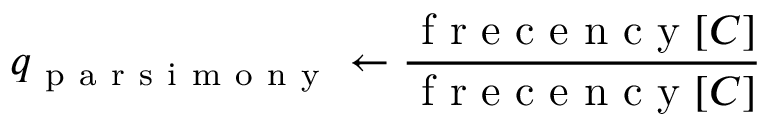
q _ { \mathrm { ~ p ~ a ~ r ~ s ~ i ~ m ~ o ~ n ~ y ~ } } \gets \frac { \mathrm { ~ f ~ r ~ e ~ c ~ e ~ n ~ c ~ y ~ } [ C ] } { \mathrm { ~ f ~ r ~ e ~ c ~ e ~ n ~ c ~ y ~ } [ C ] }